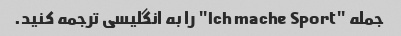
جمله "Ich mache Sport" را به انگلیسی ترجمه کنید.